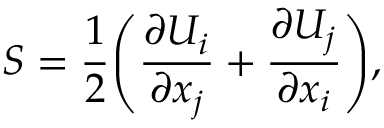
S = \frac { 1 } { 2 } \Bigg ( \frac { \partial U _ { i } } { \partial x _ { j } } + \frac { \partial U _ { j } } { \partial x _ { i } } \Bigg ) ,